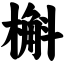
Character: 槲